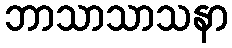
ဘာသာသာသနာ